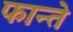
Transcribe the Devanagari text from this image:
फान्ते